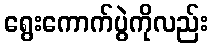
ရွေးကောက်ပွဲကိုလည်း